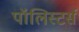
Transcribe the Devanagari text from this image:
पॉलिस्टर्स